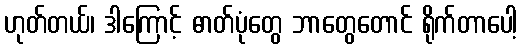
ဟုတ်တယ်၊ ဒါကြောင့် ဓာတ်ပုံတွေ ဘာတွေတောင် ရိုက်တာပေါ့